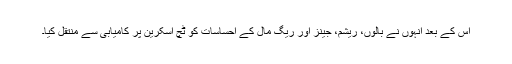
اس کے بعد انہوں نے بالوں، ریشم، جینز اور ریگ مال کے احساسات کو ٹچ اسکرین پر کامیابی سے منتقل کیا۔